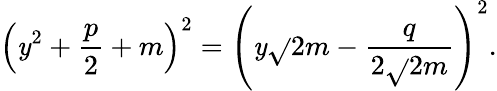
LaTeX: \left(\mathit{y}^{2}+{\frac{{p}}{{2}}}+m\right)^{2}=\left(\mathit{y}{\sqrt{}{{2m}}}-{\frac{{q}}{{2{\sqrt{}{{2m}}}}}}\right)^{2}.